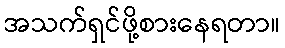
အသက်ရှင်ဖို့စားနေရတာ။